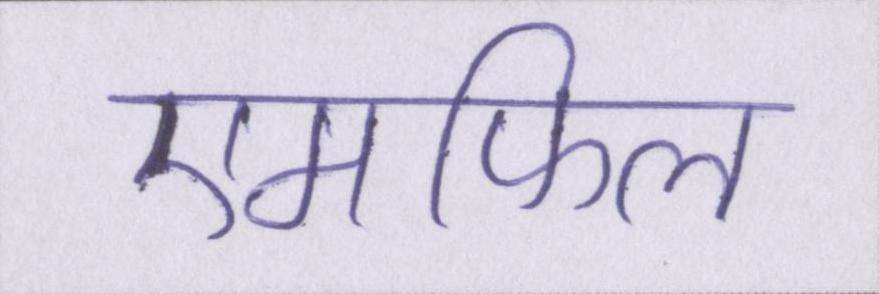
एमफिल